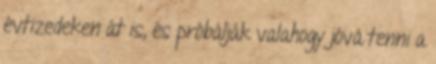
évtizedeken át is, és próbálják valahogy jóvá tenni a